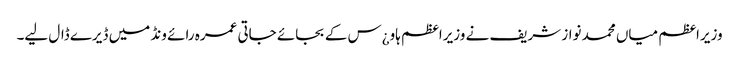
وزیراعظم میاں محمد نواز شریف نے وزیراعظم ہاو¿س کے بجائے جاتی عمرہ رائے ونڈ میں ڈیرے ڈال لیے۔